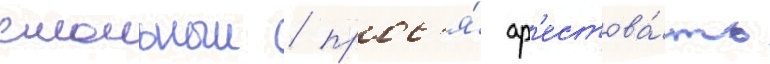
смольныи / прос'я́ ар'естова́ть